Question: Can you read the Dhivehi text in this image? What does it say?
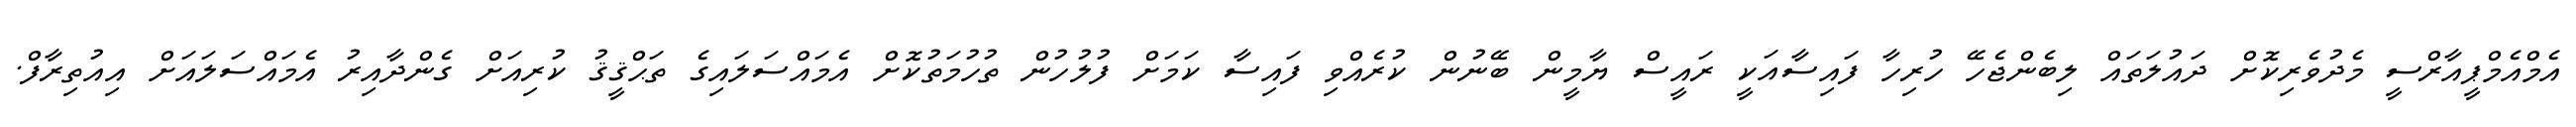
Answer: އެމްއެމްޕީއާރްސީ މެދުވެރިކޮށް ދައުލަތައް ލިބެންޖެހޭ ހުރިހާ ފައިސާއަކީ ރައީސް ޔާމީން ބޭނުން ކުރެއްވި ފައިސާ ކަމަށް ފުލުހުން ތުހުމަތުކޮށް އެމައްސަލައިގެ ތަޙްޤީޤު ކުރިއަށް ގެންދާއިރު އެމައްސަލައަށް އިއުތިރާފް.